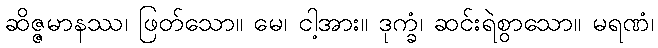
ဆိဇ္ဇမာနဿ၊ ဖြတ်သော။ မေ၊ ငါ့အား။ ဒုက္ခံ၊ ဆင်းရဲစွာသော။ မရဏံ၊